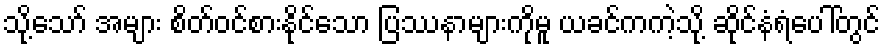
သို့သော် အများ စိတ်ဝင်စားနိုင်သော ပြဿနာများကိုမူ ယခင်ကကဲ့သို့ ဆိုင်နံရံပေါ်တွင်